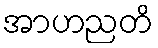
အာဟညတိ